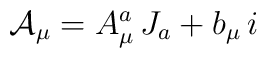
{\cal A}_\mu = A_\mu^a \, J_a + b_\mu\, i